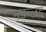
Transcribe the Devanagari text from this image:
मडब्लड